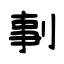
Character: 剚